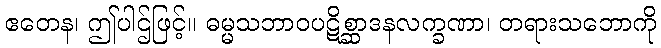
ဧတေန၊ ဤပါဌ်ဖြင့်။ ဓမ္မသဘာဝပဋိစ္ဆာဒနလက္ခဏာ၊ တရားသဘောကို